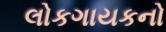
લોકગાયકનો